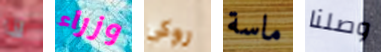
لذا وزراء روكى ماسة وصلنا